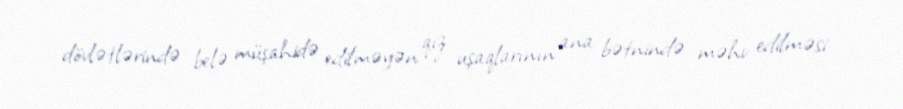
dövlətlərində belə müşahidə edilməyən qız uşaqlarının ana bətnində məhv edilməsi